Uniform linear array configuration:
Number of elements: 16
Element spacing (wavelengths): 1
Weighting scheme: uniform
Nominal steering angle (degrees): -15
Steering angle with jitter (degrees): -16.414
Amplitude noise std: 0.05
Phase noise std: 0.05

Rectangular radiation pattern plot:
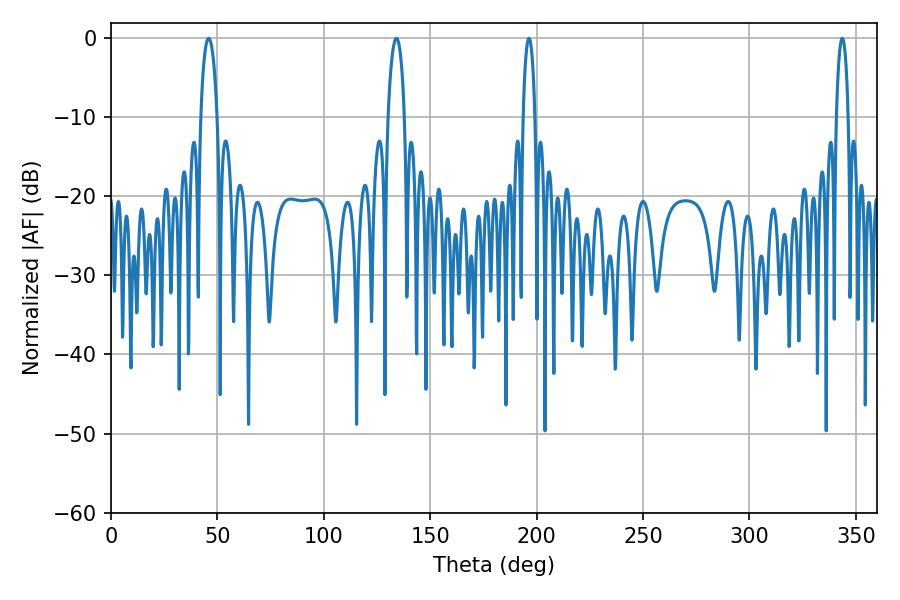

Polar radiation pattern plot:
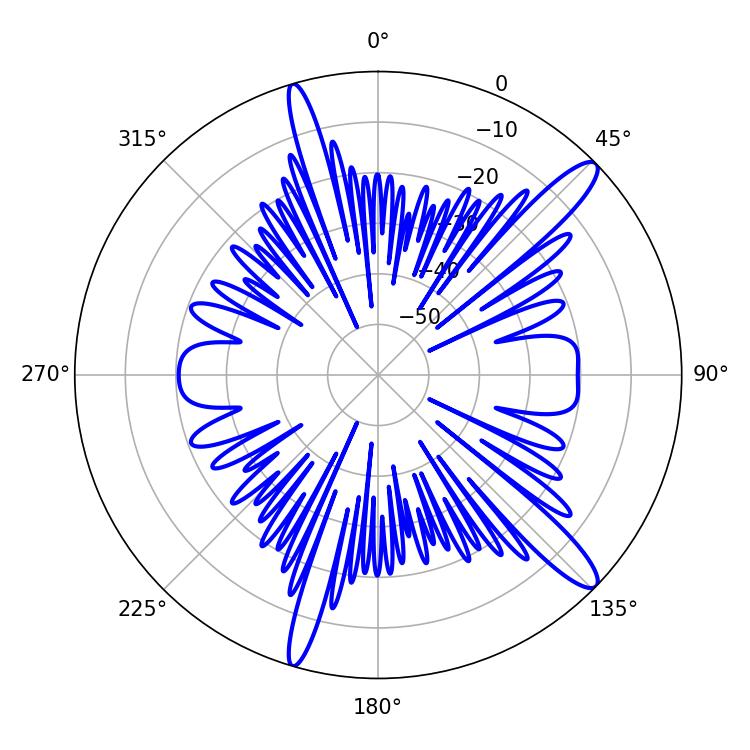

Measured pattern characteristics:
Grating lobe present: TRUE
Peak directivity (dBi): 13.517
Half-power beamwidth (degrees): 3.24
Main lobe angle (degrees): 196.38